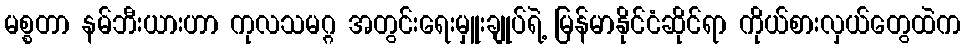
မစ္စတာ နမ်ဘီးယားဟာ ကုလသမဂ္ဂ အတွင်းရေးမှူးချုပ်ရဲ့ မြန်မာနိုင်ငံဆိုင်ရာ ကိုယ်စားလှယ်တွေထဲက